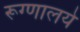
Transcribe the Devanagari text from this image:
रूग्णालये